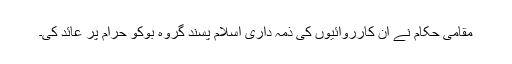
مقامی حکام نے ان کارروائیوں کی ذمہ داری اسلام پسند گروہ بوکو حرام پر عائد کی۔